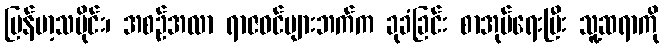
မြန်မာ့သမိုင်း၊ အစဉ်အလာ ရာဇဝင်များဘက်က ခုခံခြင်း စာအုပ်ရေးပြီး သူ့ဆရာကို